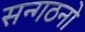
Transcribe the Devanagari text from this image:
सन्गठनो